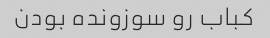
کباب رو سوزونده بودن